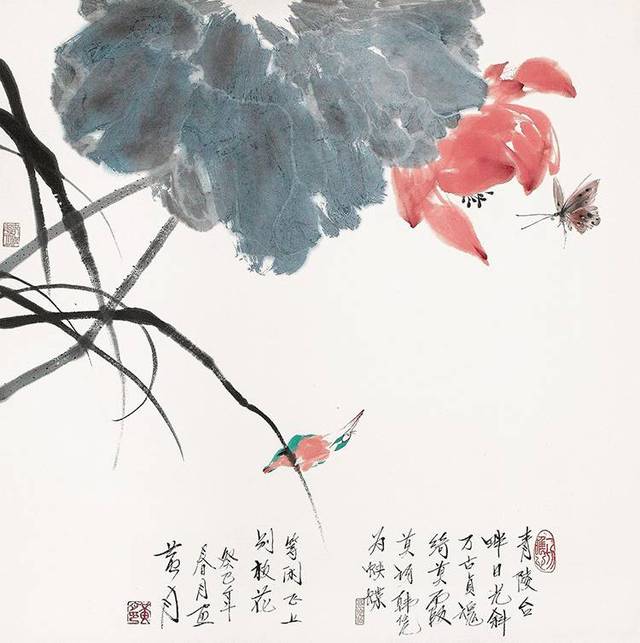
纵使有花兼有月，可堪无酒又无人。